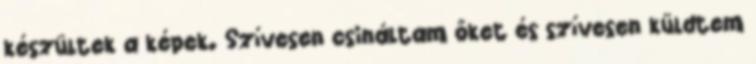
készültek a képek. Szívesen csináltam őket és szívesen küldtem